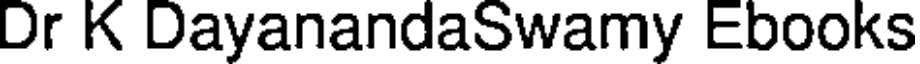
Dr K DayanandaSwamy Ebooks